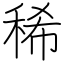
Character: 稀